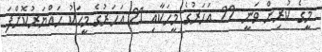
މީގެ ކުރިން ވަނީ 22 އަހަރުގެ މީހަކާއި 21 އަހަރުގެ މީހަކު ހައްޔަރުކޮށްފަ